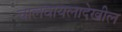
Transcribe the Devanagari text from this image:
चालवायलादेखील